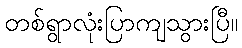
တစ်ရွာလုံးပြာကျသွားပြီ။